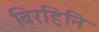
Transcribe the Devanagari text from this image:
बिरहिनि